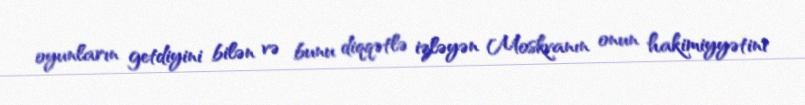
oyunların getdiyini bilən və bunu diqqətlə izləyən Moskvanın onun hakimiyyətini